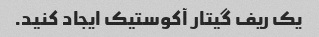
یک ریف گیتار آکوستیک ایجاد کنید.